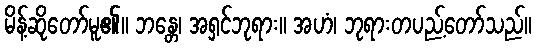
မိန့်ဆိုတော်မူ၏။ ဘန္တေ၊ အရှင်ဘုရား။ အဟံ၊ ဘုရားတပည့်တော်သည်။